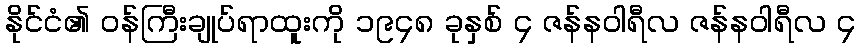
နိုင်ငံ၏ ဝန်ကြီးချုပ်ရာထူးကို ၁၉၄၈ ခုနှစ် ၄ ဇန်နဝါရီလ ဇန်နဝါရီလ ၄